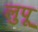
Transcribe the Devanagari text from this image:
लुपू